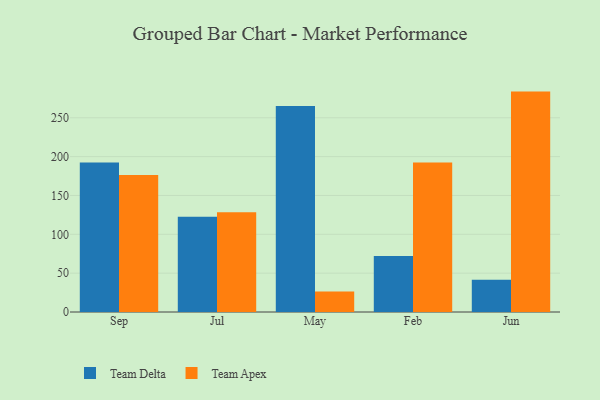
{"axis": {"x": "Month", "y": "Temperature (°C)"}, "legend": ["Team Apex", "Team Delta"], "data": [{"x": "Sep", "y": 192.3, "type": "Team Delta"}, {"x": "Sep", "y": 176.3, "type": "Team Apex"}, {"x": "Jul", "y": 122.6, "type": "Team Delta"}, {"x": "Jul", "y": 128.5, "type": "Team Apex"}, {"x": "May", "y": 265.1, "type": "Team Delta"}, {"x": "May", "y": 26.5, "type": "Team Apex"}, {"x": "Feb", "y": 72.1, "type": "Team Delta"}, {"x": "Feb", "y": 192.5, "type": "Team Apex"}, {"x": "Jun", "y": 41.5, "type": "Team Delta"}, {"x": "Jun", "y": 283.7, "type": "Team Apex"}]}